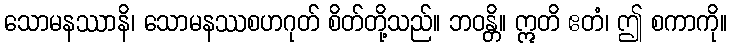
သောမနဿာနိ၊ သောမနဿစဟဂုတ် စိတ်တို့သည်။ ဘဝန္တိ။ ဣတိ ဧတံ၊ ဤ စကာကို။